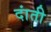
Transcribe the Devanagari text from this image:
दांती